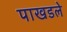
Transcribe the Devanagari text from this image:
पाखडले